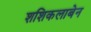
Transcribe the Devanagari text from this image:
शशिकलाबेन